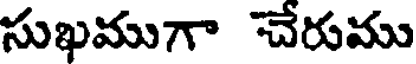
సుఖముగా చేరుము